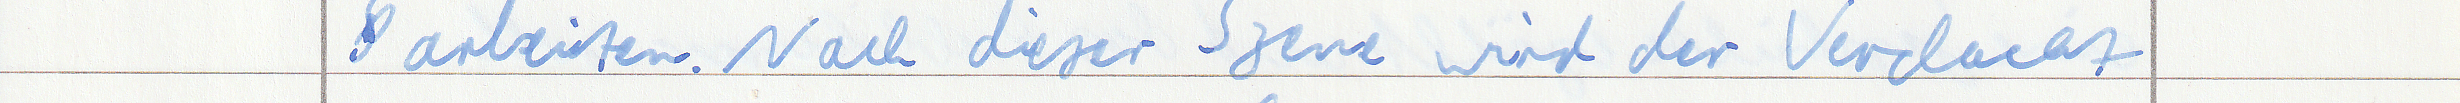
arbeiten. Nach dieser Szene wird der Verdacht